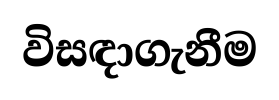
විසඳාගැනීම